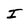
Character: I